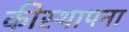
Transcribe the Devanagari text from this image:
कीस्थापना